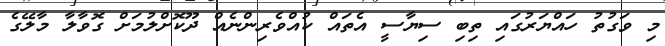
މި ވަގުތު ހައްޔަރުގައި ތިބި ސިޔާސީ އެތައް ކުއްވެރިންނެއް ދޫކޮށްލުމަށް ގޮވާލާ މާލޭގެ